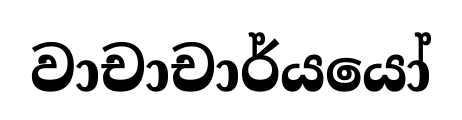
වාචාචාර්යයෝ